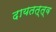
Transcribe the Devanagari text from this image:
दायतत्त्व